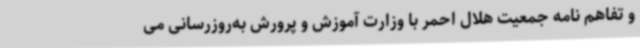
و تفاهم نامه جمعیت هلال احمر با وزارت آموزش و پرورش به‌روزرسانی می